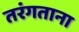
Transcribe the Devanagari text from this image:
तरंगताना